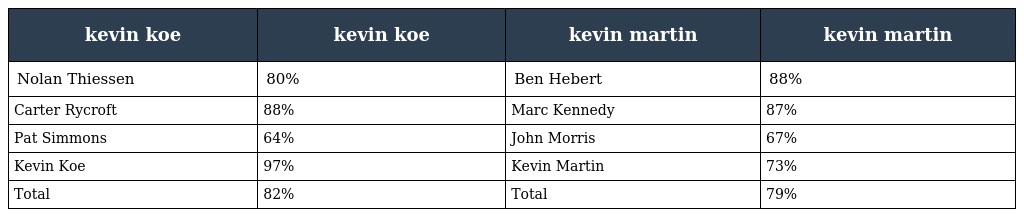
| kevin koe | kevin koe | kevin martin | kevin martin |
 | --- | --- | --- | --- |
 | Nolan Thiessen | 80% | Ben Hebert | 88% |
 | Carter Rycroft | 88% | Marc Kennedy | 87% |
 | Pat Simmons | 64% | John Morris | 67% |
 | Kevin Koe | 97% | Kevin Martin | 73% |
 | Total | 82% | Total | 79% |